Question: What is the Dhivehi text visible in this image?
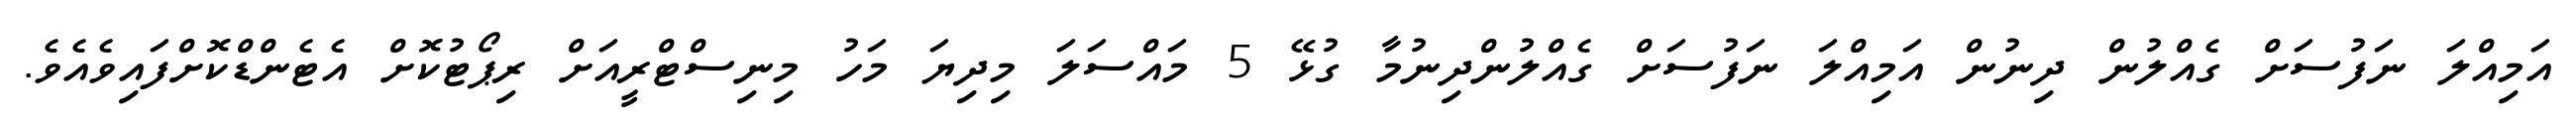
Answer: އަމިއްލަ ނަފުސަށް ގެއްލުން ދިނުން އަމިއްލަ ނަފުސަށް ގެއްލުންދިނުމާ ގުޅޭ 5 މައްސަލަ މިދިޔަ މަހު މިނިސްޓްރީއަށް ރިޕޯޓުކޮށް އެޓެންޑްކޮށްފައިވެއެވެ.